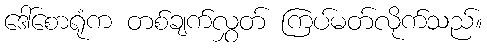
ဒေါ်စောရုံက တစ်ချက်လွှတ် ကြပ်မတ်လိုက်သည်။